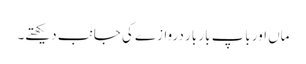
ماں اور باپ بار بار دروازے کی جانب دیکھتے۔